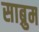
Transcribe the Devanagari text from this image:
साब्रुम